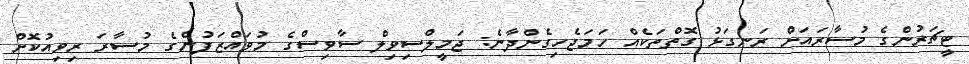
ޓީޗަރުންގެ މުސާރައަށް ރަނގަޅު ގޮތްތަކެއް ހަމަޖެހިގެންދާނެ: ޖަމީލްސިވިލް ސާވިސްގެ މުވައްޒަފުންގެ މުސާރަ ރިވިއުކޮށް